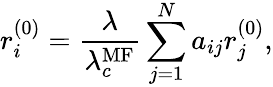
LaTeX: r_{i}^{(0)}=\frac{\lambda}{\lambda_{c}^{\mathrm{MF}}}\sum_{j=1}^{N}a_{ij}r_{j}^{(0)},